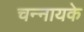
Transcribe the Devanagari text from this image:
चन्नायके